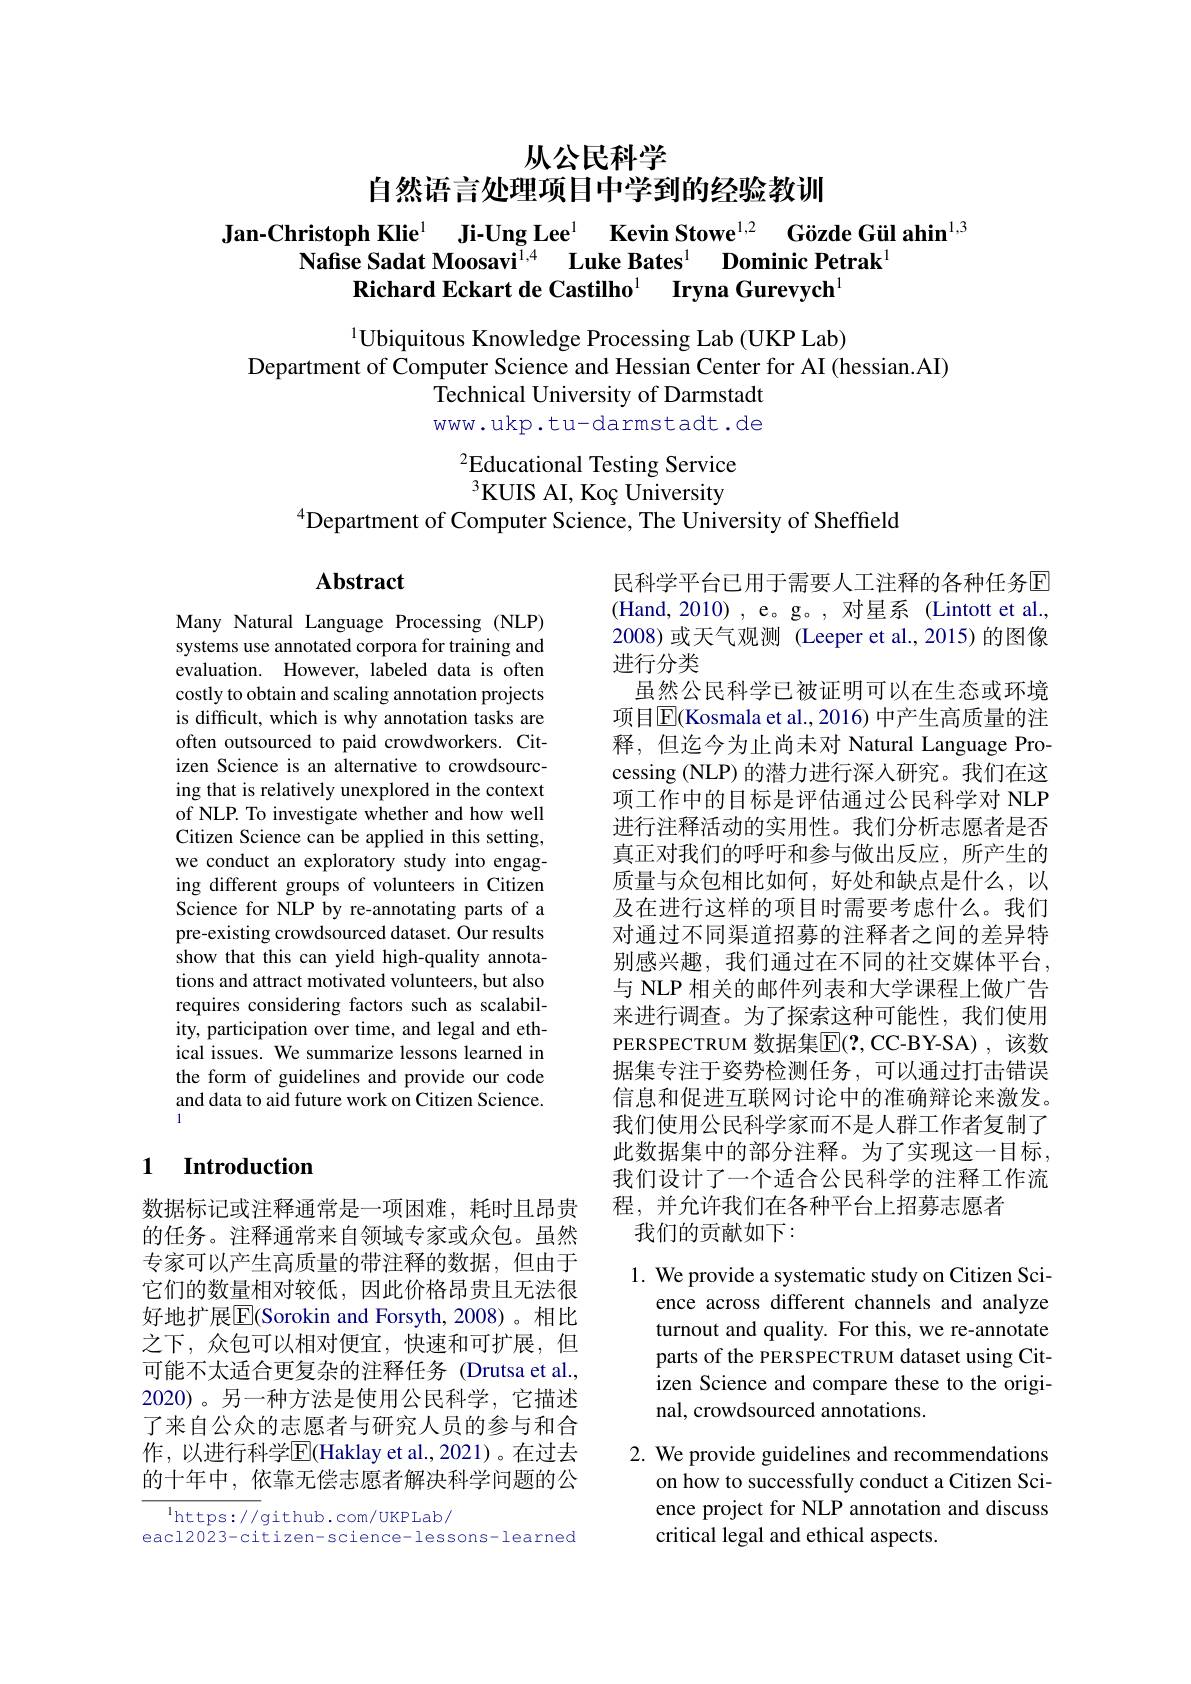
从公民科学

自然语言处理项目中学到的经验教训

$\begin{array}{c}\textbf{Jan-Christoph Klie}^{1}&\textbf{Ji-Ung Lee}^{1}&\textbf{Kevin Stowe}^{1,2}&\textbf{Gözde Gül ahin}^{1,3}\\\textbf{Nafise Sadat Moosavi}^{1,4}&\text{Luke Bates}^{1}&\textbf{Dominic Petrak}^{1}\end{array}$
Richard Eckart de Castilho$^{1}$ $\textbf{Iryna Gurevych}^{1}$

1Ubiquitous Knowledge Processing Lab (UKP Lab)
Department of Computer Science and Hessian Center for AI (hessian.AI)
Technical University of Darmstadt www.ukp.tu-darmstadt.de

$^2$Educational Testing Service $^{3}$KUIS AI, Koç University
$^{4}$Department of Computer Science, The University of Sheffeld

Abstract

Many Natural Language Processing (NLP) systems use annotated corpora for training and evaluation. However, labeled data is often costly to obtain and scaling annotation projects is difficult, which is why annotation tasks are often outsourced to paid crowdworkers. Citizen Science is an alternative to crowdsourcing that is relatively unexplored in the context of NLP. To investigate whether and how well Citizen Science can be applied in this setting, we conduct an exploratory study into engaging different groups of volunteers in Citizen Science for NLP by re-annotating parts of a pre-existing crowdsourced dataset. Our results show that this can yield high-quality annotations and attract motivated volunteers, but also requires considering factors such as scalability, participation over time, and legal and ethical issues. We summarize lessons learned in the form of guidelines and provide our code and data to aid future work on Citizen Science.

民科学平台已用于需要人工注释的各种任务$\overline{\mathrm{E}}$ (Hand,2010),e。g。,对星系(Lintott et al., 2008)或天气观测 (Leeper et al.,2015)的图像进行分类
虽然公民科学已被证明可以在生态或环境项目$\overline{\mathbb{E}}($Kosmala et al., 2016) 中产生高质量的注释，但迄今为止尚未对 Natural Language Processing (NLP) 的潜力进行深入研究。我们在这项工作中的目标是评估通过公民科学对 NLP 进行注释活动的实用性。我们分析志愿者是否真正对我们的呼吁和参与做出反应，所产生的质量与众包相比如何，好处和缺点是什么，以及在进行这样的项目时需要考虑什么。我们对通过不同渠道招募的注释者之间的差异特别感兴趣，我们通过在不同的社交媒体平台， 与 NLP 相关的邮件列表和大学课程上做广告来进行调查。为了探索这种可能性，我们使用PERSPECTRUM 数据集$\overline{\mathrm{E}}(?$, CC-BY-SA) ,该数据集专注于姿势检测任务，可以通过打击错误信息和促进互联网讨论中的准确辩论来激发。我们使用公民科学家而不是人群工作者复制了此数据集中的部分注释。为了实现这一目标， 我们设计了一个适合公民科学的注释工作流程，并允许我们在各种平台上招募志愿者
我们的贡献如下：

### 1 Introduction

数据标记或注释通常是一项困难，耗时且昂贵的任务。注释通常来自领域专家或众包。虽然专家可以产生高质量的带注释的数据，但由于它们的数量相对较低，因此价格昂贵且无法很好地扩展$\overline{\mathrm{E}}($Sorokin and Forsyth,2008)。相比之下，众包可以相对便宜，快速和可扩展，但可能不太适合更复杂的注释任务 (Drutsa et al., 2020)。另一种方法是使用公民科学，它描述了来自公众的志愿者与研究人员的参与和合作，以进行科学$\overline{\mathbb{E}}$(Haklay et al.,2021)。在过去的十年中，依靠无偿志愿者解决科学问题的公

1. We provide a systematic study on Citizen Sci-
ence across different channels and analyze turnout and quality. For this, we re-annotate parts of the PERSPECTRUM dataset using Citizen Science and compare these to the original, crowdsourced annotations.

2. We provide guidelines and recommendations
on how to successfully conduct a Citizen Science project for NLP annotation and discuss critical legal and ethical aspects.

$^{\mathrm{l}}$https://github.com/UKPLab/
eacl2023-citizen-science-lessons-learned